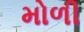
મોળી